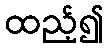
ထည့်၍